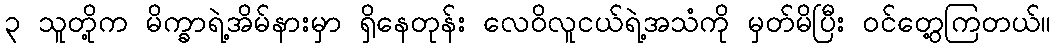
၃ သူတို့က မိက္ခာရဲ့အိမ်နားမှာ ရှိနေတုန်း လေဝိလူငယ်ရဲ့အသံကို မှတ်မိပြီး ဝင်တွေ့ကြတယ်။